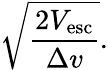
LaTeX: {\sqrt{\frac{2V_{\mathrm{esc}}}{\Delta v}}}.